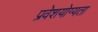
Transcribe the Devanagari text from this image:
प्रवेशयोग्यता